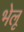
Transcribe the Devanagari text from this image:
भेलू